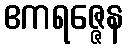
ဧကရဇ္ဇေန